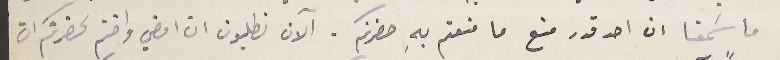
ما سَمعنا ان احد قدر منع ما منعتم بهِ حضرتكم. الآن تطلبون ان امضي واختم لحضرتكم ان